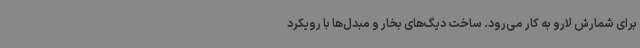
برای شمارش لارو به کار می‌رود. ساخت دیگ‌های بخار و مبدل‌ها با رویکرد